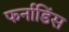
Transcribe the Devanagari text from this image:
फर्नाडिंस